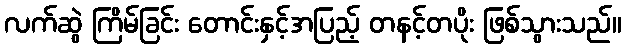
လက်ဆွဲ ကြိမ်ခြင်း တောင်းနှင့်အပြည့် တနင့်တပိုး ဖြစ်သွားသည်။